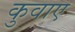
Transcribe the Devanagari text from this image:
कुवाए